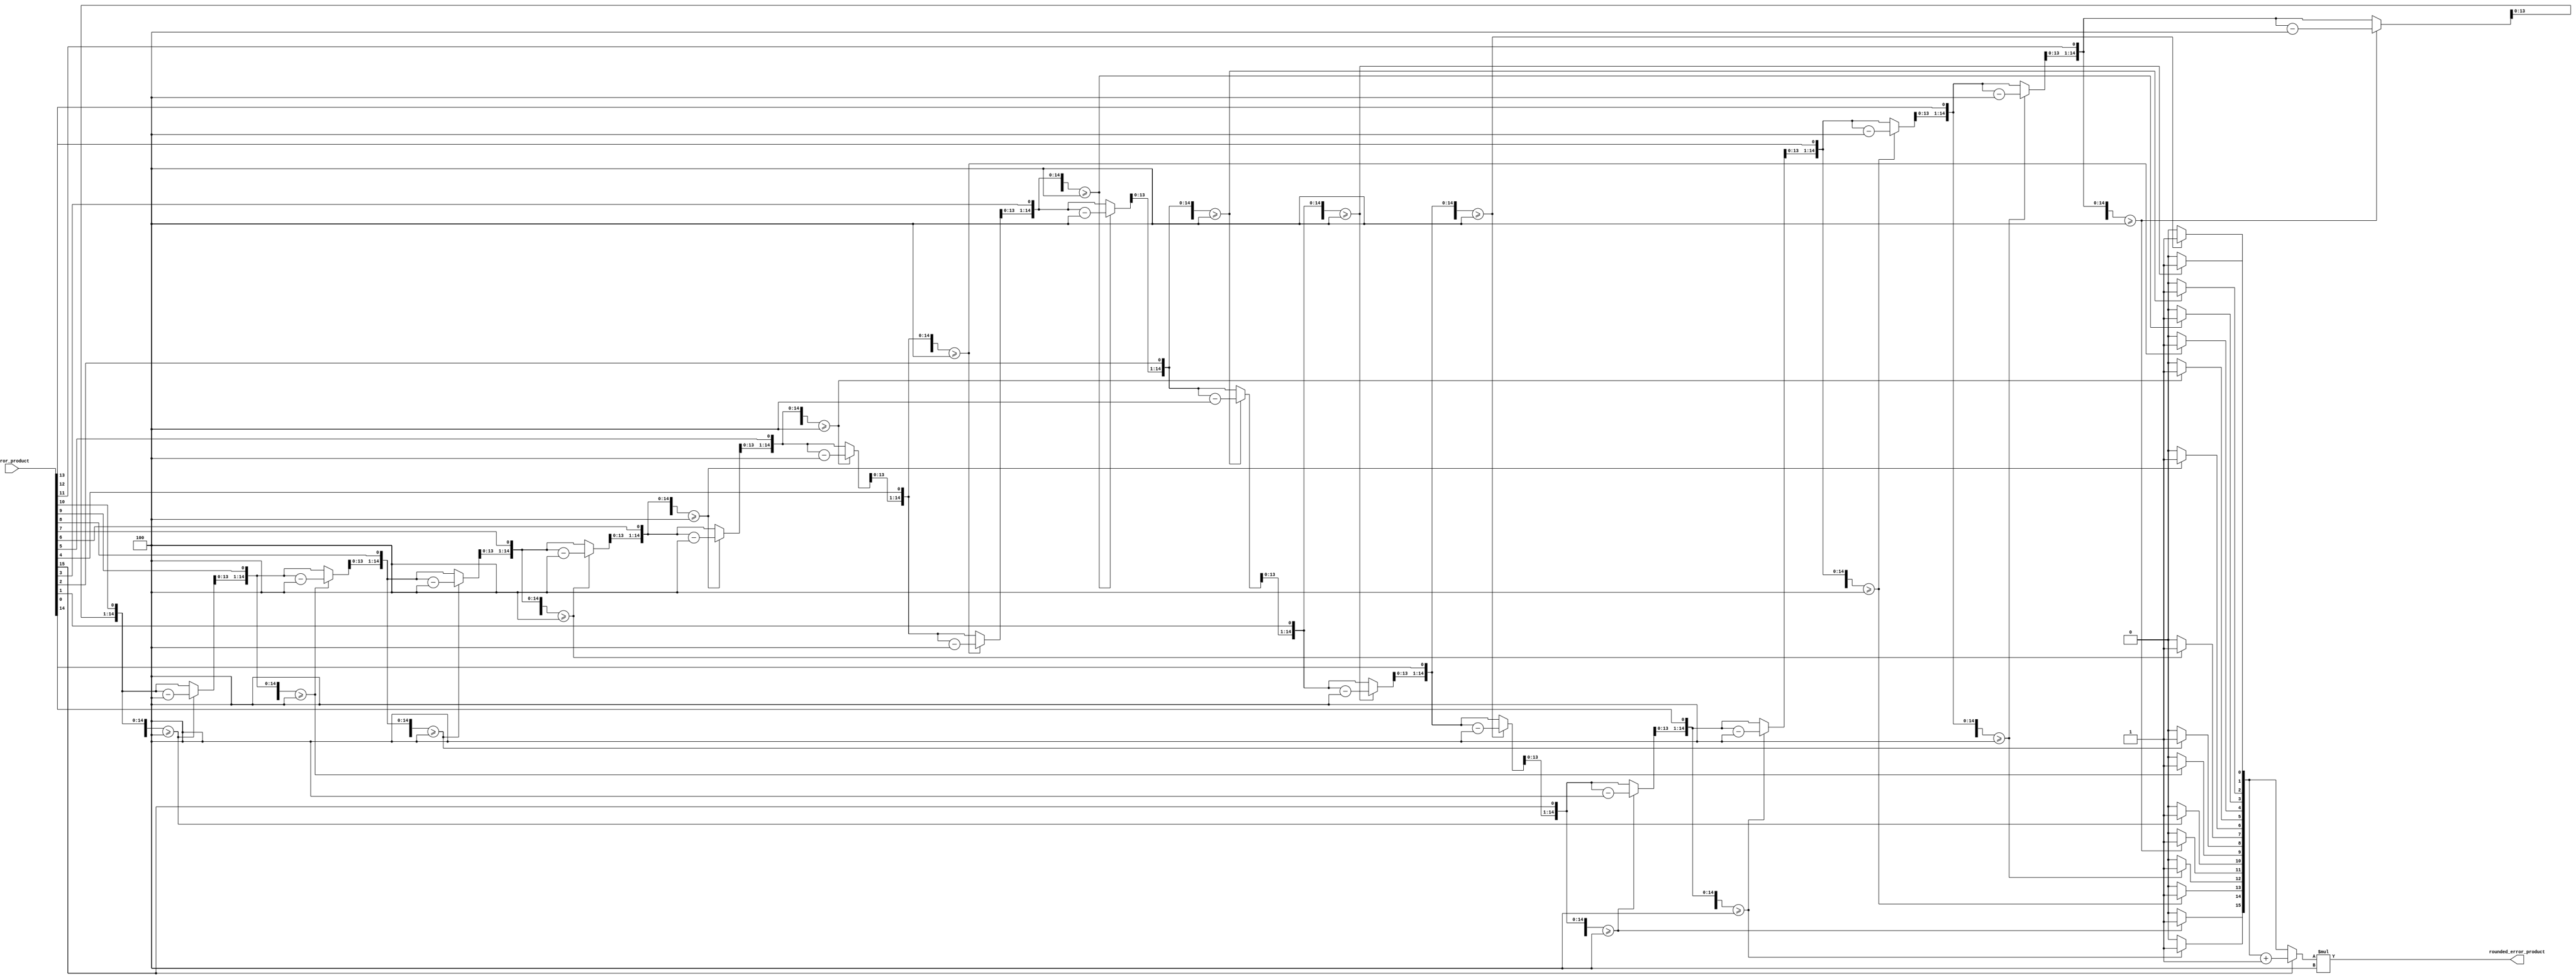
`timescale 1ns / 1ps
//////////////////////////////////////////////////////////////////////////////////
// Company: 
// Engineer: 
// 
// Design Name: 
// Module Name: rtz
// Project Name: 
// Target Devices: 
// Tool Versions: 
// Description: 
// 
// Dependencies: 
// 
// Revision:
// Revision 0.01 - File Created
// Additional Comments:
// 
//////////////////////////////////////////////////////////////////////////////////


module rtz(
    input [15:0] error_product,
    output [15:0] rounded_error_product
    );
    
    reg [15:0] err_prod;
    // considering error_product is the 16-bit data 
    // and m-bit MSB is taken
    // left shift is 16-m to get 2^(16-m)
    reg [15:0] divisor = 16'h1<<(16-14);
    reg [15:0] quotient = 16'h0;
    reg [15:0] buffer = 16'h0;
    
    reg [4:0] count;
    // division operation
    always @ (error_product)
    begin
        err_prod=error_product;
        for(count = 5'd16; count > 0; count = count - 1'b1)
        begin
            buffer = {buffer [14:0], err_prod [15]};
            err_prod = err_prod << 1;
            quotient = quotient << 1;
            if (buffer >= divisor)
            begin
                quotient = {quotient [15:1], 1'b1};
                buffer = buffer - divisor;
            end
        end
        if (error_product[15]==1'b1)
            quotient=quotient+1;

    end
    
    assign rounded_error_product = quotient*divisor;
    
endmodule